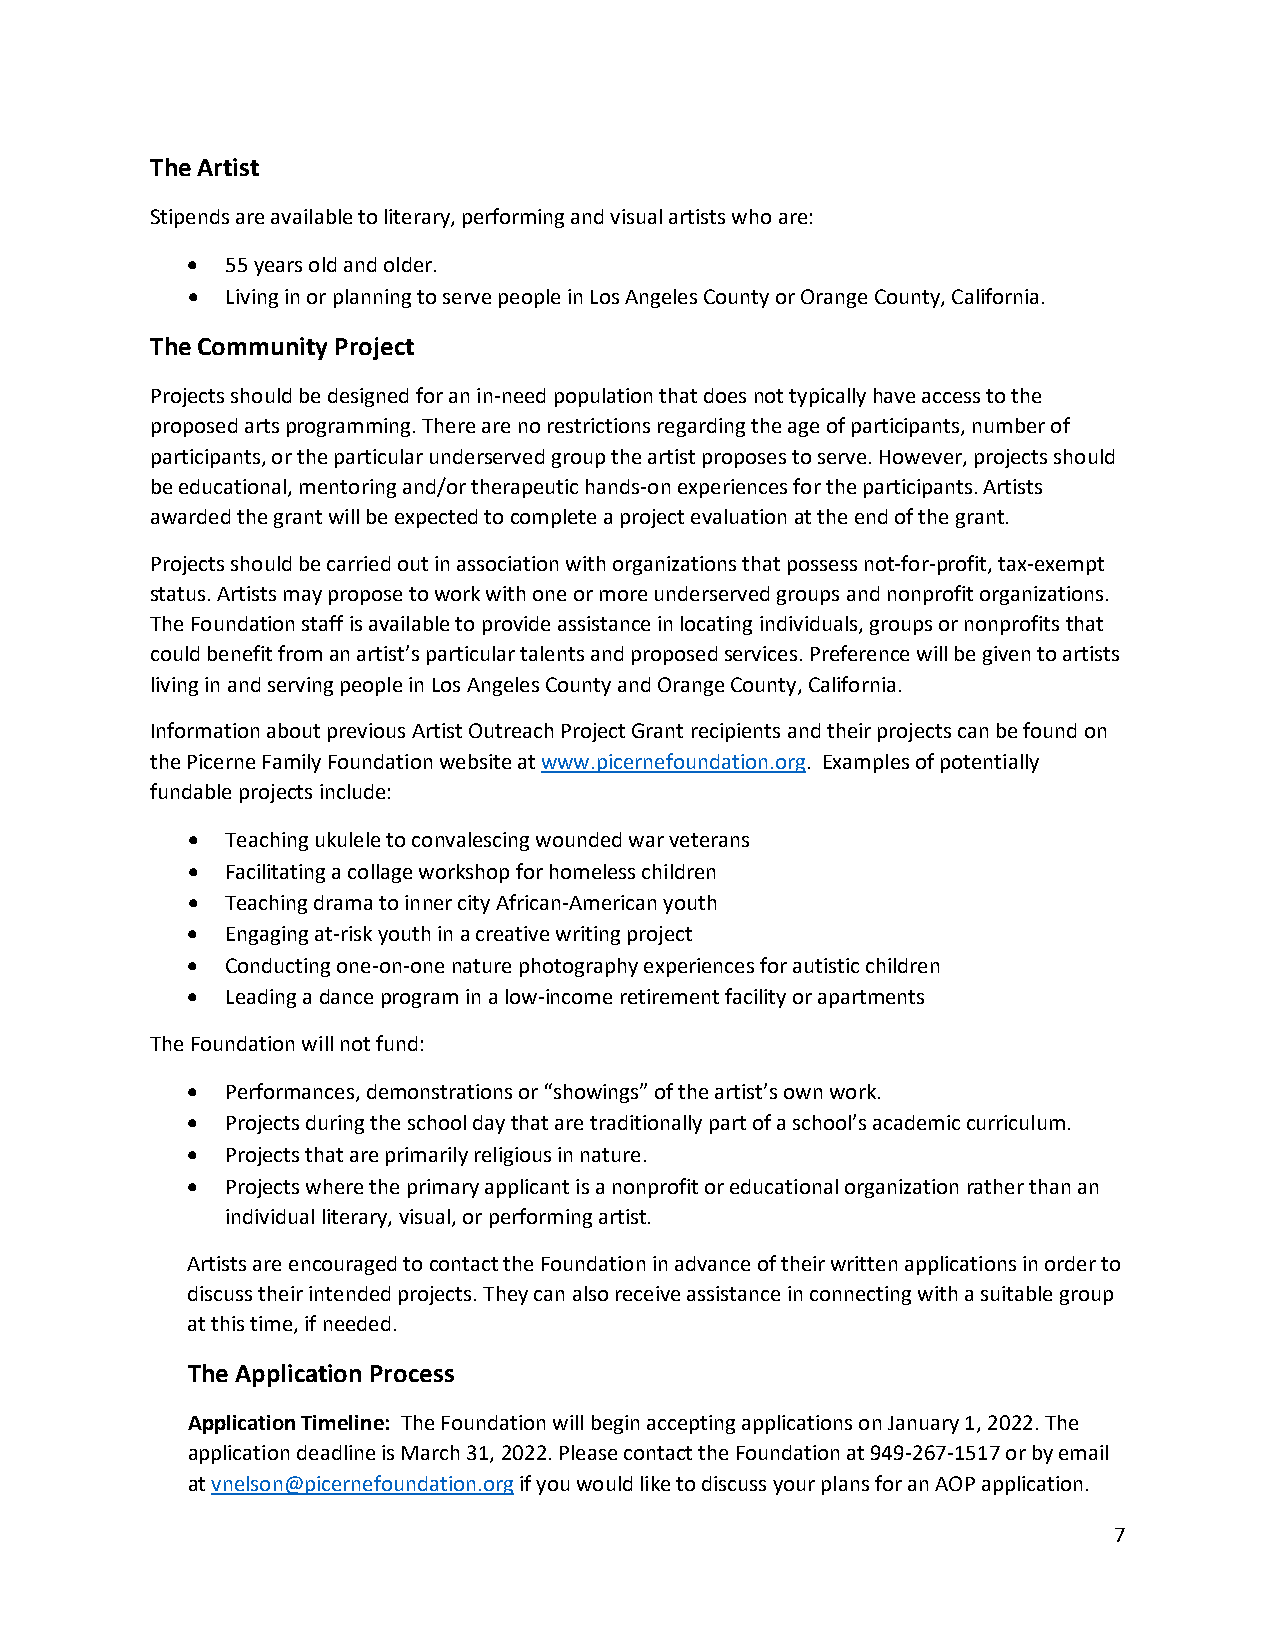
The Artist
 Stipends are available to literary, performing and visual artists who are:
 •  55 years old and older.
 •  Living in or planning to serve people in Los Angeles County or Orange County, California.
 The Community Project
 Projects should be designed for an in-need population that does not typically have access to the
 proposed arts programming. There are no restrictions regarding the age of participants, number of
 participants, or the particular underserved group the artist proposes to serve. However, projects should
 be educational, mentoring and/or therapeutic hands-on experiences for the participants. Artists
 awarded the grant will be expected to complete a project evaluation at the end of the grant.
 Projects should be carried out in association with organizations that possess not-for-profit, tax-exempt
 status. Artists may propose to work with one or more underserved groups and nonprofit organizations.
 The Foundation staff is available to provide assistance in locating individuals, groups or nonprofits that
 could benefit from an artist’s particular talents and proposed services. Preference will be given to artists
 living in and serving people in Los Angeles County and Orange County, California.
 Information about previous Artist Outreach Project Grant recipients and their projects can be found on
 the Picerne Family Foundation website at www.picernefoundation.org. Examples of potentially
 fundable projects include:
 •  Teaching ukulele to convalescing wounded war veterans
 •  Facilitating a collage workshop for homeless children
 •  Teaching drama to inner city African-American youth
 •  Engaging at-risk youth in a creative writing project
 •  Conducting one-on-one nature photography experiences for autistic children
 •  Leading a dance program in a low-income retirement facility or apartments
 The Foundation will not fund:
 •  Performances, demonstrations or “showings” of the artist’s own work.
 •  Projects during the school day that are traditionally part of a school’s academic curriculum.
 •  Projects that are primarily religious in nature.
 •  Projects where the primary applicant is a nonprofit or educational organization rather than an
 individual literary, visual, or performing artist.
 Artists are encouraged to contact the Foundation in advance of their written applications in order to
 discuss their intended projects. They can also receive assistance in connecting with a suitable group
 at this time, if needed.
 The Application Process
 Application Timeline: The Foundation will begin accepting applications on January 1, 2022. The
 application deadline is March 31, 2022. Please contact the Foundation at 949-267-1517 or by email
 at vnelson@picernefoundation.org if you would like to discuss your plans for an AOP application.
 7